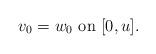
LaTeX: \begin{align*}v_0=w_0\,\,\mbox{on $[0,u]$}.\end{align*}